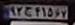
۹۲ج۴۱۵۶۷